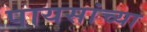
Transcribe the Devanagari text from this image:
पायसांच्या